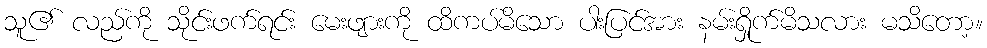
သူ၏ လည်ကို သိုင်းဖက်ရင်း မေးဖျားကို ထိကပ်မိသော ပါးပြင်အား နမ်းရှိုက်မိသလား မသိတော့။